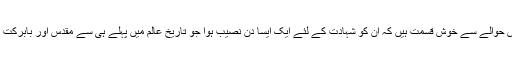
سیّدنا حسین ؓ اس حوالے سے خوش قسمت ہیں کہ ان کو شہادت کے لئے ایک ایسا دن نصیب ہوا جو تاریخِ عالم میں پہلے ہی سے مقدس اور بابرکت گردانا جاتا تھا۔